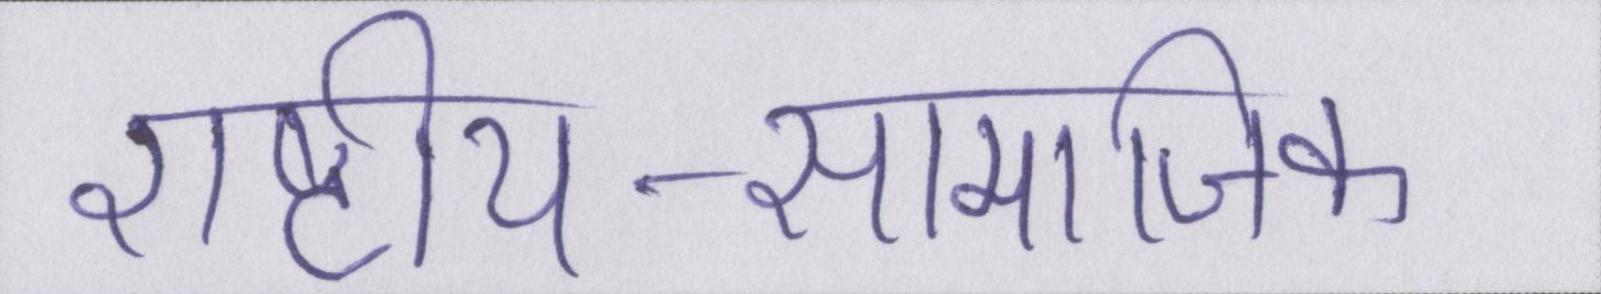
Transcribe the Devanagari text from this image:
राष्ट्रीय-सामाजिक